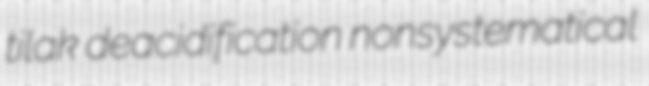
tilak deacidification nonsystematical